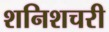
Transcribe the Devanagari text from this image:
शनिशचरी